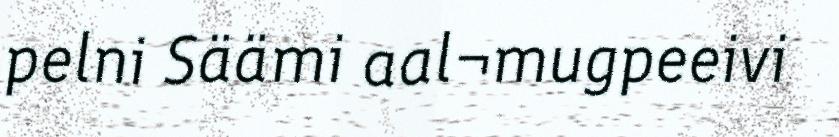
pelni Säämi aal¬mugpeeivi